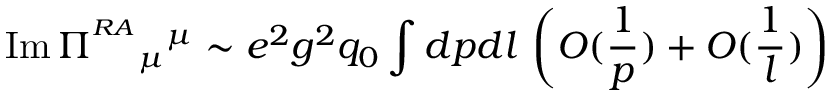
\mathrm { I m } \, \Pi ^ { ^ { R A } } { } _ { \mu } { } ^ { \mu } \sim e ^ { 2 } g ^ { 2 } q _ { 0 } \int d p { d l } \, \left( { \cal O } ( { \frac { 1 } { p } } ) + { \cal O } ( { \frac { 1 } { l } } ) \right)